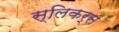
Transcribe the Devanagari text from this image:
स्लिकर्स